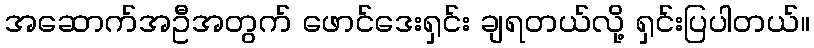
အဆောက်အဦအတွက် ဖောင်ဒေးရှင်း ချရတယ်လို့ ရှင်းပြပါတယ်။